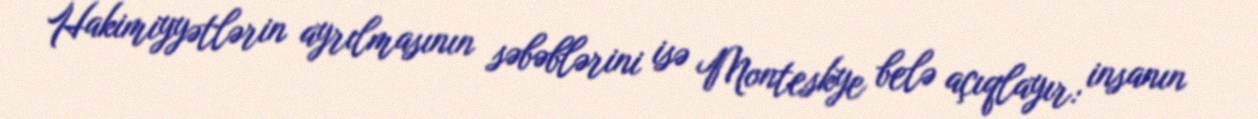
Hakimiyyətlərin ayrılmasının səbəblərini isə Monteskye belə açıqlayır: insanın